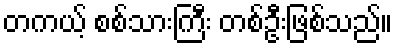
တကယ့် စစ်သားကြီး တစ်ဦးဖြစ်သည်။